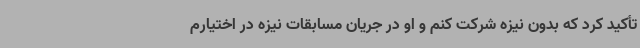
تأکید کرد که بدون نیزه شرکت کنم و او در جریان مسابقات نیزه در اختیارم